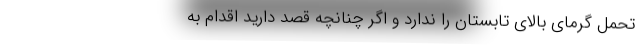
تحمل گرمای بالای تابستان را ندارد و اگر چنانچه قصد دارید اقدام به